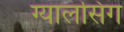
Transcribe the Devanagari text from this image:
ग्‍यालसिंग